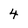
Character: 4